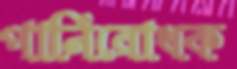
পানিরোধক